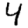
Digit: 4